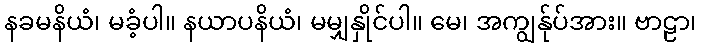
နခမနိယံ၊ မခံ့ပါ။ နယာပနိယံ၊ မမျှနှိုင်ပါ။ မေ၊ အကျွန်ုပ်အား။ ဗာဠာ၊